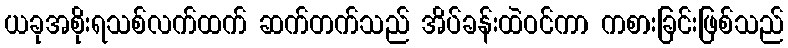
ယခုအစိုးရသစ်လက်ထက် ဆက်တက်သည် အိပ်ခန်းထဲဝင်ကာ ကစားခြင်းဖြစ်သည်